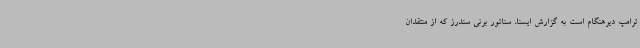
ترامپ دیرهنگام است به گزارش ایسنا، سناتور برنی سندرز که از منتقدان